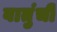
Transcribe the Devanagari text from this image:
वातुंची